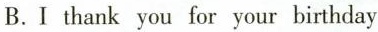
B.I thank you for your birthday